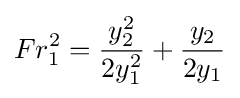
Fr_{1}^{2}={\frac {y_{2}^{2}}{2y_{1}^{2}}}+{\frac {y_{2}}{2y_{1}}}